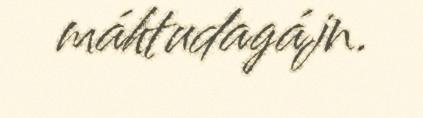
máhtudagájn.